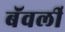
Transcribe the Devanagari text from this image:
बॅवर्ली